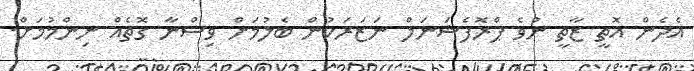
އެދެން އޮތީ ޒާތީ ނުވެ ޕްރޮފެޝަނަލް ނަޒަރަކުން ބެލުމަށް ވިސްނާ ގޮތެއް ނިންމުމަށް.